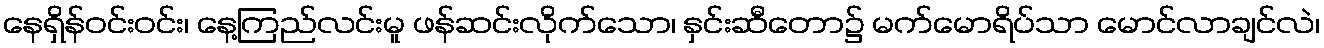
နေရှိန်ဝင်းဝင်း၊ နေ့ကြည်လင်းမူ ဖန်ဆင်းလိုက်သော၊ နှင်းဆီတော၌ မက်မောရိပ်သာ မောင်လာချင်လဲ၊